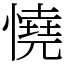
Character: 憢